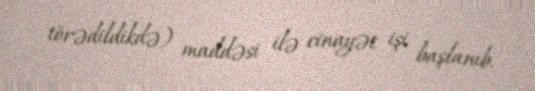
törədildikdə) maddəsi ilə cinayət işi başlanıb.